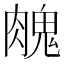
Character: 𦞱